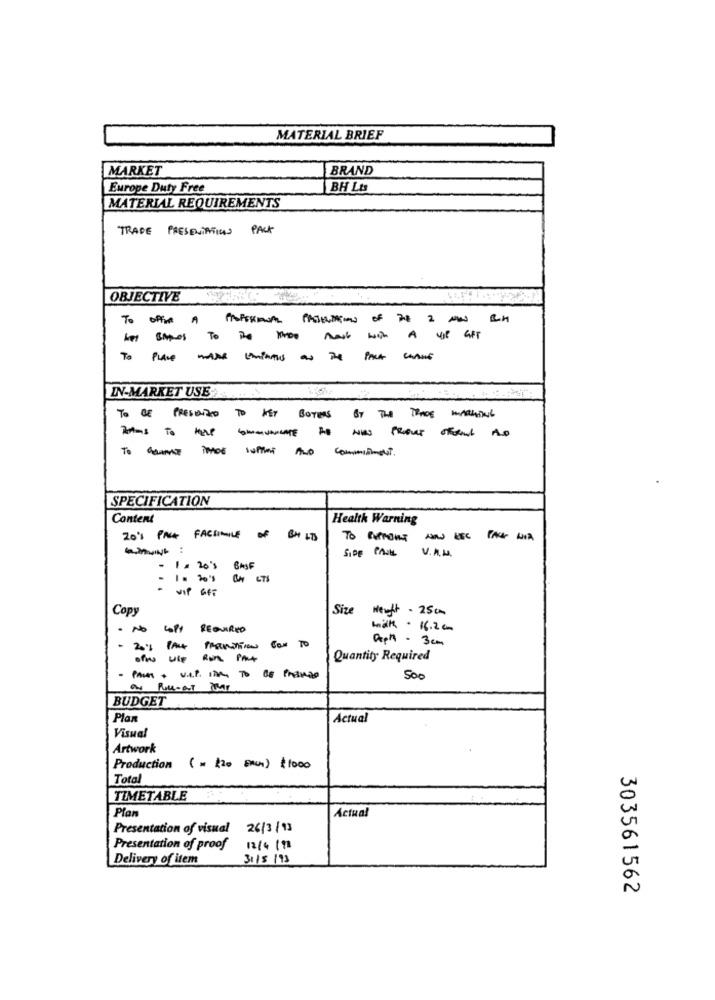
MATERIAL BRIEF
MARKET
BRAND
Europe Duty Free
BH LIS
MATERIAL REQUIREMENTS
TRADE PRESENTATIONS PACK
OBJECTIVE
--- To t -- w
TO PLACE MARK EMPATES AS THE PACH CHANCE
IN-MARKET USE
TO BE PRESUNTO TO NEY BOTERS BY THE TROS MATCHING
To cimossuffit And commitment.
SPECIFICATION
Content
Health Warning
20'1 PACK FACSIMILE OF BH LTS
To Gos ----
SIDE PAUL
V.A.
- 1= 20's BASF
WIP GET
Copy
Size Weight - 25cm
.
No
REQUIRED
with . 16.2 0
Raph - 3cm
.
20%
PA
Franti
COM TO
ofwulp
Quantity Required
500
on Full-att
BUDGET
Plan
Actual
Visual
Artwork
Production ( × 220 BAUM) $1000
Total
TIMETABLE
Plan
Actual
Presentation of visual
26/3/93
Presentation of proof
12/4/98
Delivery of item
31/5/93
303561562